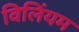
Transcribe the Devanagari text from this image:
विलिंयम